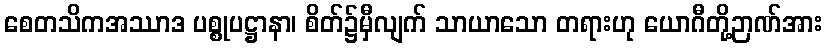
စေတသိကအဿာဒ ပစ္စုပဋ္ဌာနာ၊ စိတ်၌မှီလျက် သာယာသော တရားဟု ယောဂီတို့ဉာဏ်အား